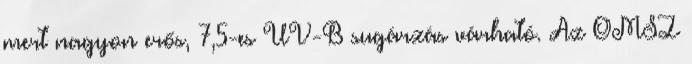
mert nagyon erős, 7,5-es UV-B sugárzás várható. Az OMSZ